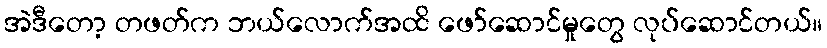
အဲဒီတော့ တဖတ်က ဘယ်လောက်အထိ ဖော်ဆောင်မှုတွေ လုပ်ဆောင်တယ်။